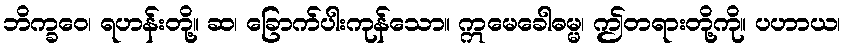
ဘိက္ခဝေ၊ ရဟန်းတို့။ ဆ၊ ခြောက်ပါးကုန်သော။ ဣမေခေါဓမ္မ၊ ဤတရားတို့ကို။ ပဟာယ၊